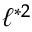
\ell ^ { * 2 }